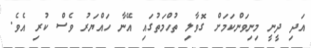
އަދި ދީނީ މިނިވަންކަމަށް ގޮވާލި ތުހްމަތުގައި އޭނާ ހައްޔަރު ވެސް ކުރި އެވެ.